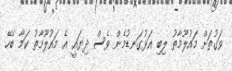
ވަގުތަށް މައުލޫމާތު ލިބި އަޅުގަނޑުމެން ވެސް ދިޔައީ އެ މައުލޫމާތު ކަމާ ބެހޭ